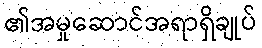
၏အမှုဆောင်အရာရှိချုပ်